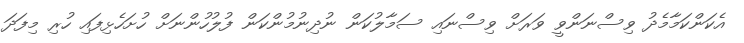
އެކަންކަމާމެދު ވިސްނަންވީ ވަރަށް ވިސްނައި ސަމާލުކަން ނުދިނުމުންކަން ފުލުހުންނަށް ހުށަހެޅިފައި ހުރި މިފަދަ